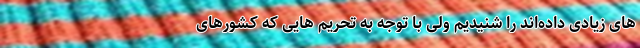
های زیادی داده‌اند را شنیدیم ولی با توجه به تحریم هایی که کشورهای